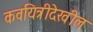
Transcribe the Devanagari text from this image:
कवयित्रीदेखील